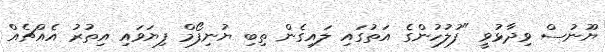
ޔޫނުސް ވިދާޅުވީ "ފުލުހުންގެ އަތުގައި ލައިގެން ތިބި ޔުނިފޯމް ފިޔަވައި އިތުރު އެއްޗެއް